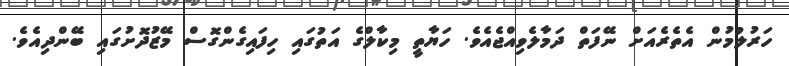
ހަރުލުމުން އެތެރެއަށް ނޭފަތް ދަމާލެވިއްޖެއެވެ. ހަޔާތީ މިކާލްގެ އަތުގައި ހިފައިގެންގޮސް މޭޒުދޮށުގައި ބޭންދިއެވެ.